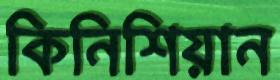
কিনিশিয়ান